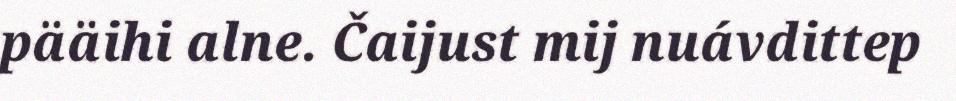
pääihi alne. Čaijust mij nuávdittep